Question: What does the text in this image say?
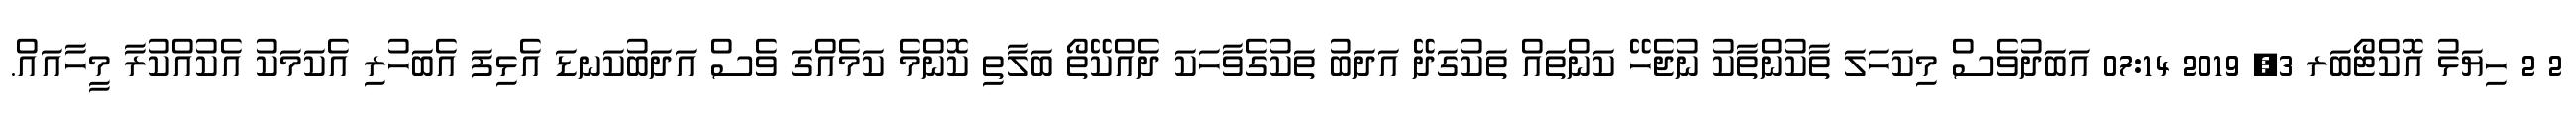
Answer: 2 2 ހިޔަޅު އޮކްޓޯބަރ 3, 2019 07:14 އަބަދުވެސް މިކަހަލަ ތާކުންތާކު ނުޖެހޭ ކަންތައް ތަކުގަދޭ އަދަބު ތަކުގެވާހަކަ ދެއްކޭތޯ ބަލާތި ކޮންމެ ކަމެއްގަ ވެސް އަދަބުކަނޑަ އެޅިފަ އެބަހުރި އެކަމަކު އެކުއްކުރާ މީހާއައް.